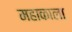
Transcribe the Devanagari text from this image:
महाकाला